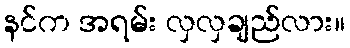
နင်က အရမ်း လှလှချည်လား။